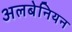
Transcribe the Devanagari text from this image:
अलबेनियन